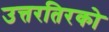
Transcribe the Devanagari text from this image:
उत्तरतिरको